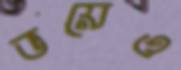
ভয়েও